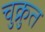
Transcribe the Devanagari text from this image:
चुक्रुत